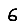
Digit: 6